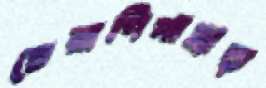
চেরাগিপাহাড়